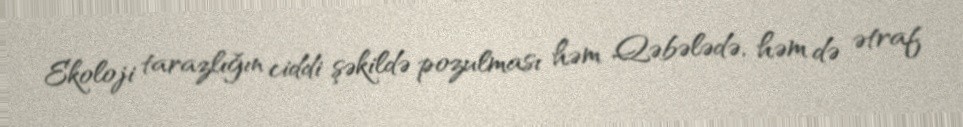
Ekoloji tarazlığın ciddi şəkildə pozulması həm Qəbələdə, həm də ətraf